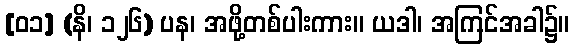
[၀၁] (နိ၊ ၁၂၆) ပန၊ အဖို့တစ်ပါးကား။ ယဒါ၊ အကြင်အခါ၌။